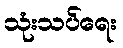
သုံးသပ်ရေး